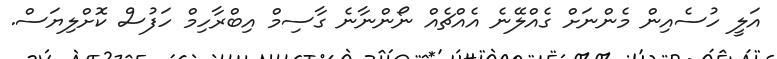
އަލީ ހުސެއިން މެންނަށް ގެއްލޭނެ އެއްޗެެއް ނޯންނާނެ ގާސިމް އިބްރާހިމް ހަފުސް ކޮށްލިޔަސް.